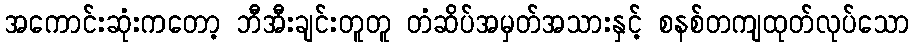
အကောင်းဆုံးကတော့ ဘီအီးချင်းတူတူ တံဆိပ်အမှတ်အသားနှင့် စနစ်တကျထုတ်လုပ်သော